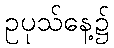
ဥပုသ်နေ့၌